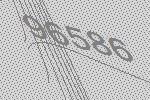
96586